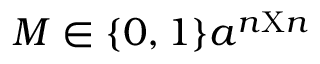
M \in \{ 0 , 1 \} a ^ { n \mathrm { X } n }